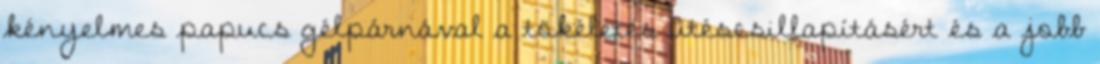
kényelmes papucs gélpárnával a tökéletes ütéscsillapításért és a jobb